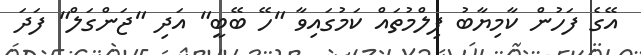
އޭގެ ފަހުން ކާމިޔާބު ފިލްމުތައް ކަމުގައިވާ "ހޭ ބޭބީ" އަދި "ޖަންގަލް" ފަދަ